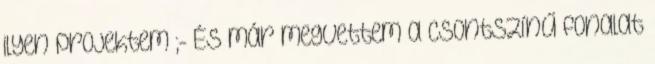
ilyen projektem ;- És már megvettem a csontszínű fonalat